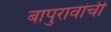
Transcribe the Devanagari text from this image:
बापुरावांची